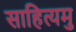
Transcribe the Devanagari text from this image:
साहित्यमु